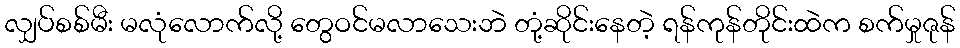
လျှပ်စစ်မီး မလုံလောက်လို့ တွေဝင်မလာသေးဘဲ တုံ့ဆိုင်းနေတဲ့ ရန်ကုန်တိုင်းထဲက စက်မှုဇုန်